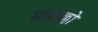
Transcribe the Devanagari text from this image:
मोराक्को